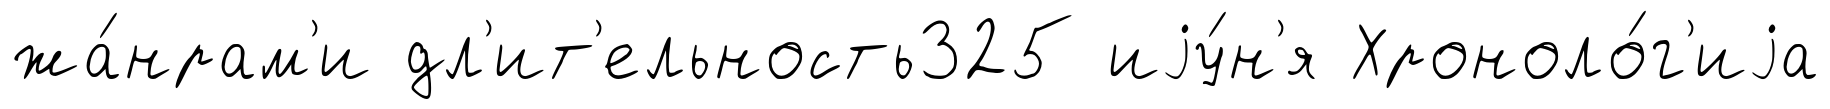
жа́нрам'и дл'ит'ельность325 иjу́н'я Хроноло́г'иjа